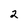
Character: 2